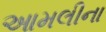
આમલીના